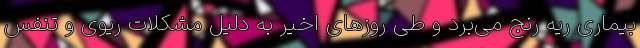
بیماری ریه رنج می‌برد و طی روزهای اخیر به دلیل مشکلات ریوی و تنفس